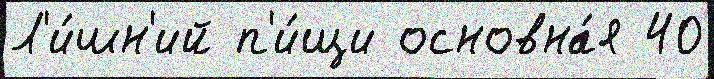
Л'и́шн'ий п'и́щи основна́я 40